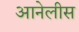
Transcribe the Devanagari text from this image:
आनेलीस